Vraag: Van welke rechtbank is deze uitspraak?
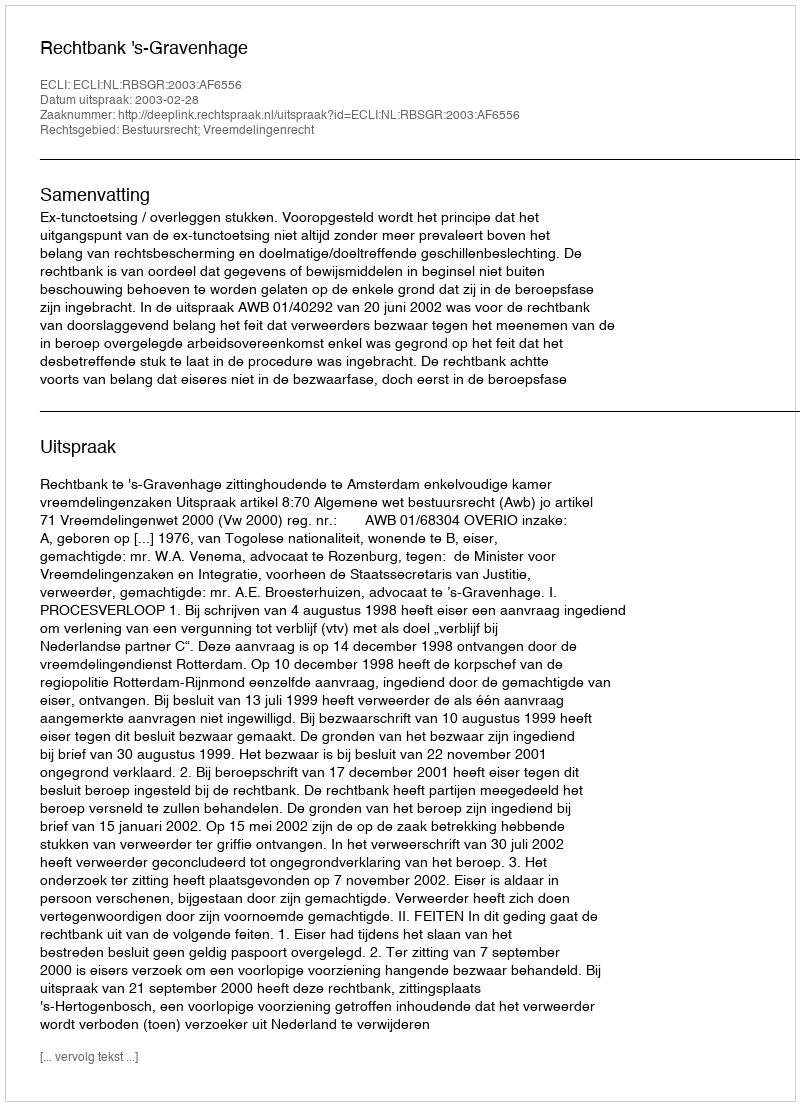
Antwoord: Rechtbank 's-Gravenhage